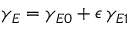
\gamma _ { E } = \gamma _ { E 0 } + \epsilon \, \gamma _ { E 1 }